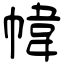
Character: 幃